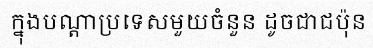
ក្នុងបណ្តាប្រទេសមួយចំនួន ដូចជាជប៉ុន